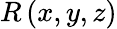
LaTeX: R\left(x,y,z\right)